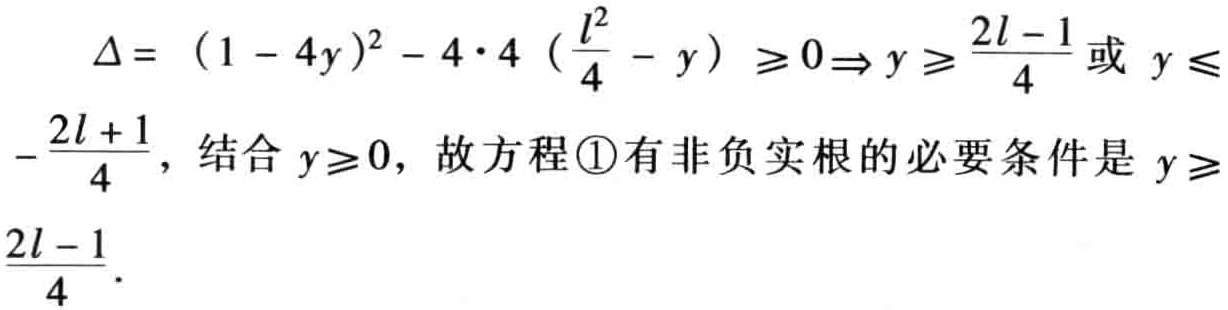
\(\Delta = (1 - 4y)^{2} - 4\cdot4 (\frac{l^{2}}{4} - y) \geq 0\Rightarrow y \geq \frac{2l - 1}{4}或y \leq -\frac{2l + 1}{4}\)，结合 \(y\geq 0\)，故方程\textcircled{1}有非负实根的必要条件是 \(y \geq \frac{2l - 1}{4}\).